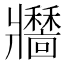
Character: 𤖣